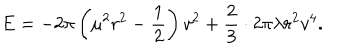
E = - 2 \pi \left( \mu ^ { 2 } r ^ { 2 } - \frac { 1 } { 2 } \right) v ^ { 2 } + \frac { 2 } { 3 } \cdot 2 \pi \lambda r ^ { 2 } v ^ { 4 } .